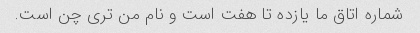
شماره اتاق ما یازده تا هفت است و نام من تری چن است.